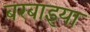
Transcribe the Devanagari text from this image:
बरबाइया